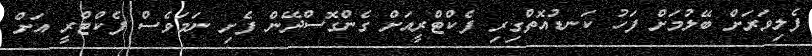
ފެލިވަރަށް ބޭލުމަށް ފަހު ކަނޑުއޮތްގިރި ފެކްޓްރީއަށް ގެންގޮސްދޭން ފެށި ނަމަވެސް ފެކްޓްރީ އަށް